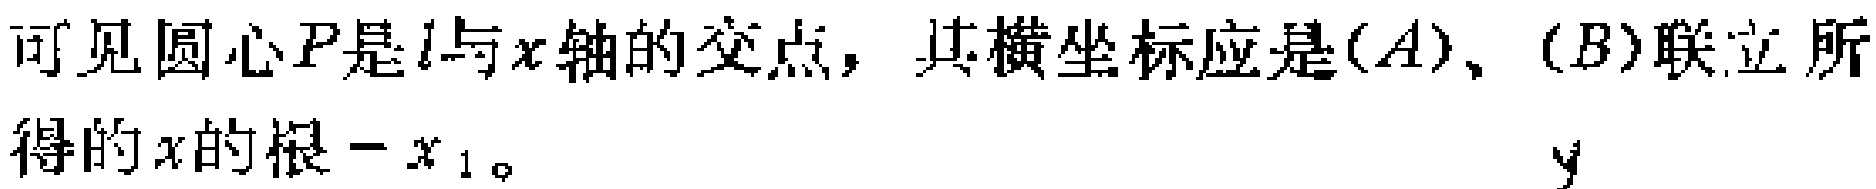
可见圆心\(P\)是\(l\)与\(x\)轴的交点，其横坐标应是\((A)\)、\((B)\)联立所得的\(x\)的根\(-x_{1}\)。